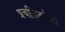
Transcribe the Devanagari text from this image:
प्रचलिततेला